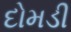
દોમડી